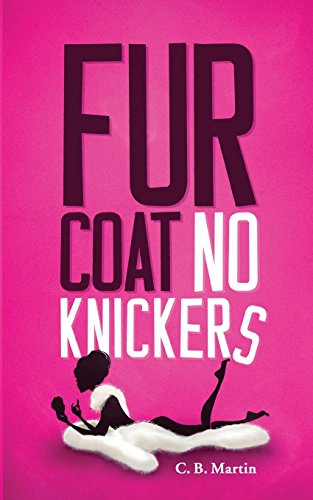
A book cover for Fur Coat No Knickers; C. B. Martin; Romance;